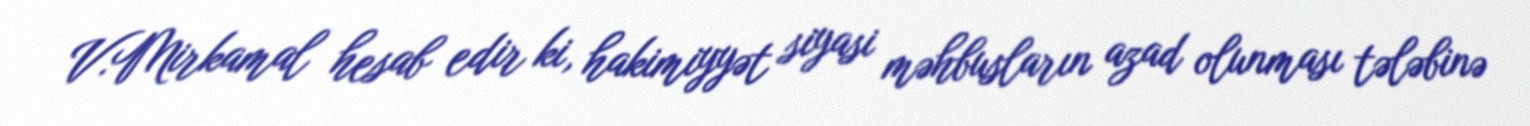
V.Mirkamal hesab edir ki, hakimiyyət siyasi məhbusların azad olunması tələbinə